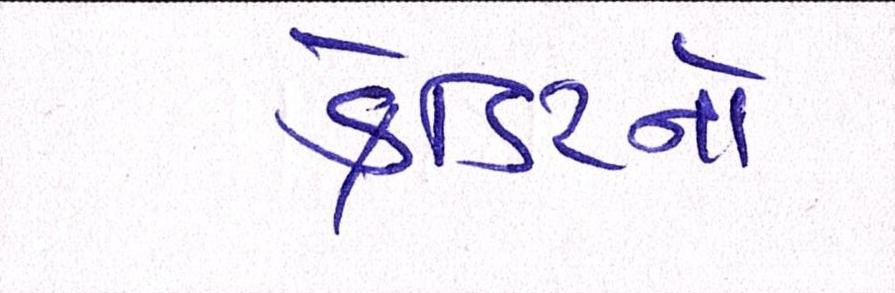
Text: ક્રેડિટનો